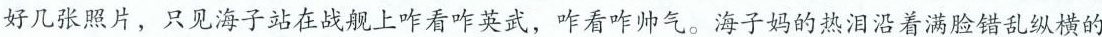
好几张照片，只见海子站在战舰上咋看咋英武，咋看咋帅气。海子妈的热泪沿着满脸错乱纵横的